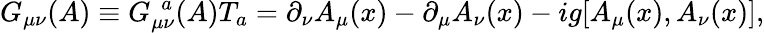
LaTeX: G_{\mu\nu}(A)\equiv G_{\mu\nu}^{~~a}(A)T_{a}=\partial_{\nu}A_{\mu}(x)-\partial_{\mu}A_{\nu}(x)-ig[A_{\mu}(x),A_{\nu}(x)],